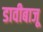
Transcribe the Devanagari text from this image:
डावीबाजू